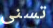
تسنى